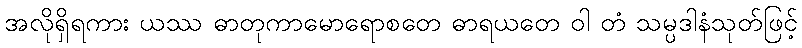
အလိုရှိရကား ယဿ ဓာတုကာမောရောစတေ ဓာရယတေ ဝါ တံ သမ္ပဒါနံသုတ်ဖြင့်